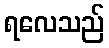
ရလေသည်